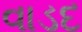
વાડદ